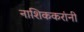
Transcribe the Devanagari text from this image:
नाशिककरांनी